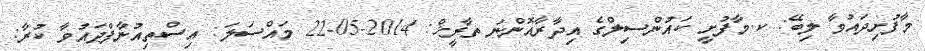
މާފުށިދައުވާ ލިބޭ: ކ.މާފުށީ ކައުންސިލްގެ އިދާރާއޮންނަ ތާރީޚް: 2014-05-22 މައްސަލަ: އިސްތިއުނާފްދައުވާ ކުރާ: